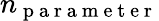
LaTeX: n_{\mathrm{~p~a~r~a~m~e~t~e~r~}}